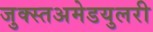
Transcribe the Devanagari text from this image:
जुक्स्तअमेडयुलरी